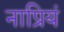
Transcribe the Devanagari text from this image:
नाप्रियं